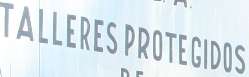
TALLERES PROTEGIDOS